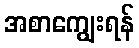
အစာကျွေးရန်